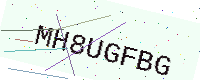
Text: MH8UGFBG